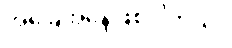
အခြေအနေဖြစ်ပါတယ်။